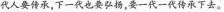
代人要传承，下一代也要弘扬，要一代一代传承下去。